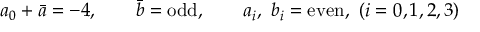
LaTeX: a _ { 0 } + \bar { a } = - 4 , \qquad \bar { b } = \mathrm { o d d } , \qquad a _ { i } , \ b _ { i } = \mathrm { e v e n } , \ ( i = 0 , 1 , 2 , 3 )